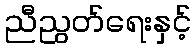
ညီညွတ်ရေးနှင့်